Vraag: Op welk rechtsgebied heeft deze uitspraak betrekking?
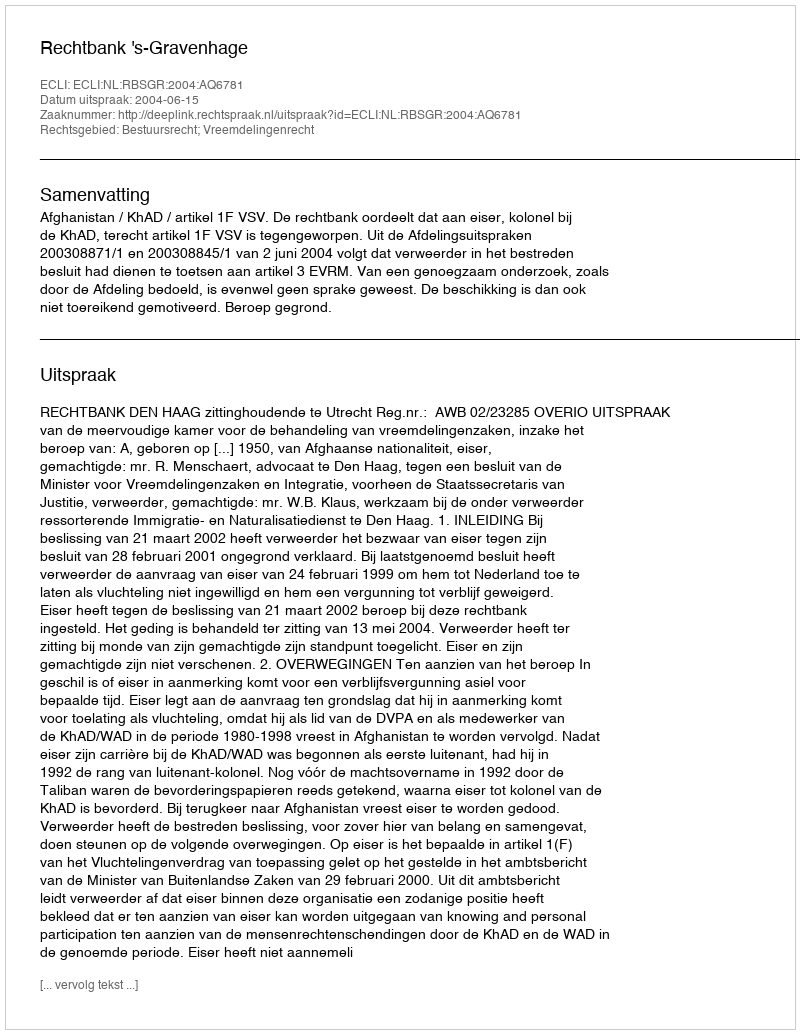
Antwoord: Bestuursrecht; Vreemdelingenrecht